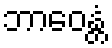
ဘာဝေန္တံ